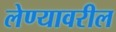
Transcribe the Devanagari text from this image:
लेण्यावरील